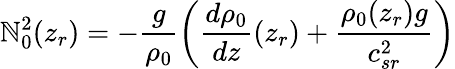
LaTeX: \mathbb{N}_{0}^{2}(z_{r})=-\frac{{g}}{{\rho_{0}}}\left(\frac{{d\rho_{0}}}{{dz}}(z_{r})+\frac{{\rho_{0}(z_{r})g}}{{c_{sr}^{2}}}\right)